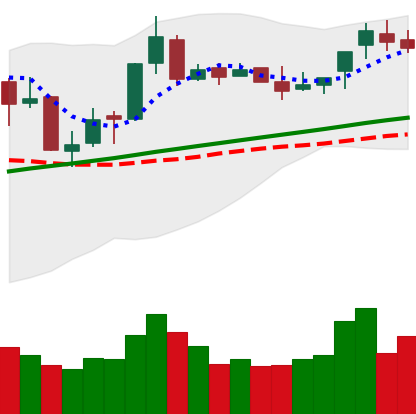
Ticker: BNB-USD
Chart end date: 2018-04-15
Forward return: -3.703%
Label: down_3_5